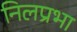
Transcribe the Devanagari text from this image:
निलप्रभा